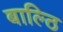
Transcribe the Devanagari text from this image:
बाल्ठि